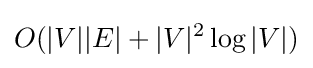
O(|V||E|+|V|^{2}\log |V|)